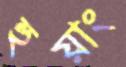
হুয়াং